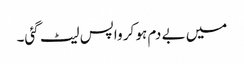
میں بے دم ہو کر واپس لیٹ گئی۔